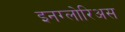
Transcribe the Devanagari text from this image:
इनग्लोरिअस